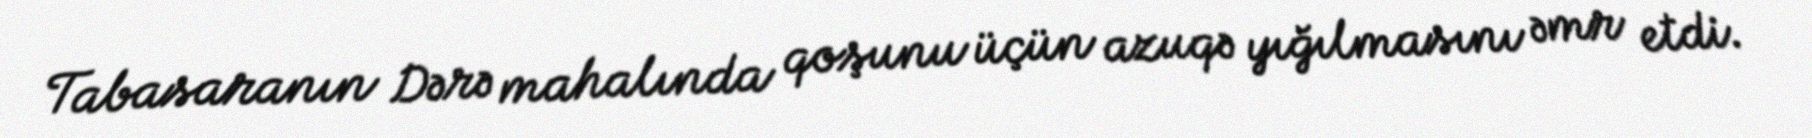
Tabasaranın Dərə mahalında qoşunu üçün azuqə yığılmasını əmr etdi.